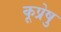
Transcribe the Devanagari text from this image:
कूप्रेषु